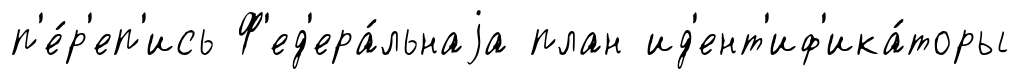
п'е́р'еп'ись Ф'ед'ера́льнаjа план ид'ент'иф'ика́торы